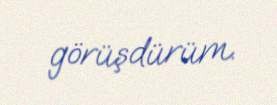
görüşdürüm.